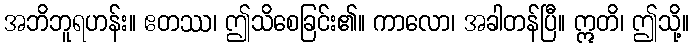
အဘိဘူရဟန်း။ ဧတဿ၊ ဤသိစေခြင်း၏။ ကာလော၊ အခါတန်ပြီ။ ဣတိ၊ ဤသို့။